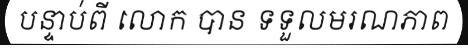
បន្ទាប់ពី លោក បាន ទទួលមរណភាព